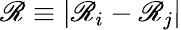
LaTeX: \mathscr{R}\equiv\vert\mathbf{{\mathscr{R}}}_{i}-\mathbf{{\mathscr{R}}}_{j}\vert